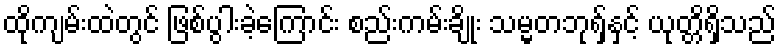
ထိုကျမ်းထဲတွင် ဖြစ်ပွါးခဲ့ကြောင်း စည်းကမ်းချိုး သမ္မတဘုရှ်နှင့် ယုတ္တိရှိသည်